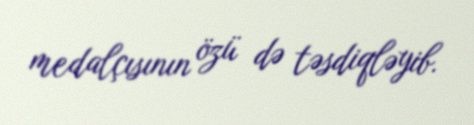
medalçısının özü də təsdiqləyib.